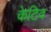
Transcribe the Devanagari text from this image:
केटिव